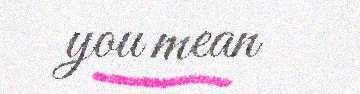
you mean